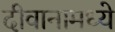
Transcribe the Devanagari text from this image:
दीवानामध्ये